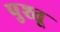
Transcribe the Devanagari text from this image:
पुश्तू